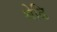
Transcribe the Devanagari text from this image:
श्रेढि